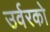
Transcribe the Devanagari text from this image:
उर्वरको